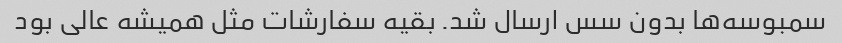
سمبوسه‌ها بدون سس ارسال شد. بقیه سفارشات مثل همیشه عالی بود